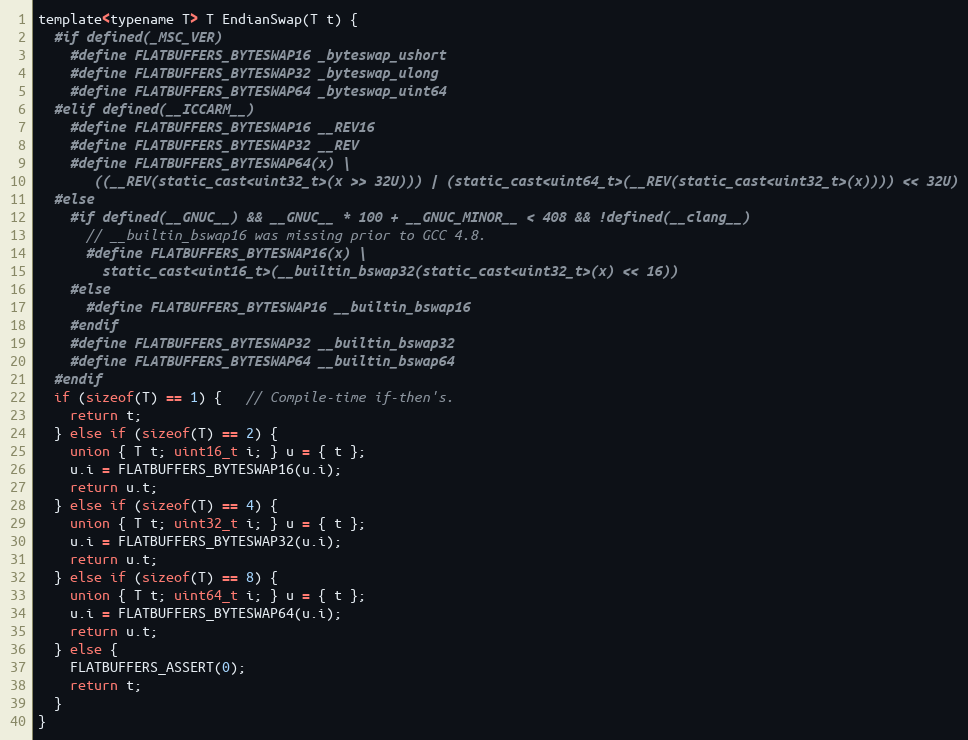
Language: C
template<typename T> T EndianSwap(T t) {
  #if defined(_MSC_VER)
    #define FLATBUFFERS_BYTESWAP16 _byteswap_ushort
    #define FLATBUFFERS_BYTESWAP32 _byteswap_ulong
    #define FLATBUFFERS_BYTESWAP64 _byteswap_uint64
  #elif defined(__ICCARM__)
    #define FLATBUFFERS_BYTESWAP16 __REV16
    #define FLATBUFFERS_BYTESWAP32 __REV
    #define FLATBUFFERS_BYTESWAP64(x) \
       ((__REV(static_cast<uint32_t>(x >> 32U))) | (static_cast<uint64_t>(__REV(static_cast<uint32_t>(x)))) << 32U)
  #else
    #if defined(__GNUC__) && __GNUC__ * 100 + __GNUC_MINOR__ < 408 && !defined(__clang__)
      // __builtin_bswap16 was missing prior to GCC 4.8.
      #define FLATBUFFERS_BYTESWAP16(x) \
        static_cast<uint16_t>(__builtin_bswap32(static_cast<uint32_t>(x) << 16))
    #else
      #define FLATBUFFERS_BYTESWAP16 __builtin_bswap16
    #endif
    #define FLATBUFFERS_BYTESWAP32 __builtin_bswap32
    #define FLATBUFFERS_BYTESWAP64 __builtin_bswap64
  #endif
  if (sizeof(T) == 1) {   // Compile-time if-then's.
    return t;
  } else if (sizeof(T) == 2) {
    union { T t; uint16_t i; } u = { t };
    u.i = FLATBUFFERS_BYTESWAP16(u.i);
    return u.t;
  } else if (sizeof(T) == 4) {
    union { T t; uint32_t i; } u = { t };
    u.i = FLATBUFFERS_BYTESWAP32(u.i);
    return u.t;
  } else if (sizeof(T) == 8) {
    union { T t; uint64_t i; } u = { t };
    u.i = FLATBUFFERS_BYTESWAP64(u.i);
    return u.t;
  } else {
    FLATBUFFERS_ASSERT(0);
    return t;
  }
}